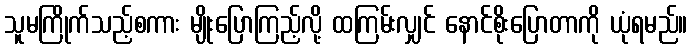
သူမကြိုက်သည့်စကား မျိုးပြောကြည့်လို့ ထကြမ်းလျှင် နောင်စိုးပြောတာကို ယုံရမည်။